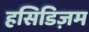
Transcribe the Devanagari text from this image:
हसिडिज़म